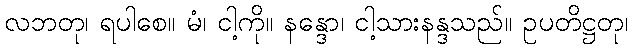
လဘတု၊ ရပါစေ။ မံ၊ ငါ့ကို။ နန္ဒော၊ ငါ့သားနန္ဒသည်။ ဥပတိဋ္ဌတု၊